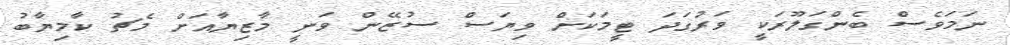
ނަމަވެސް ބެންގަލޫރަކީ ވަރުގަދަ ޓީމަކަށް ވިޔަސް ސުޒޭން ވަނީ މާޒިޔާއަށް މެޗު ކާމިޔާބު